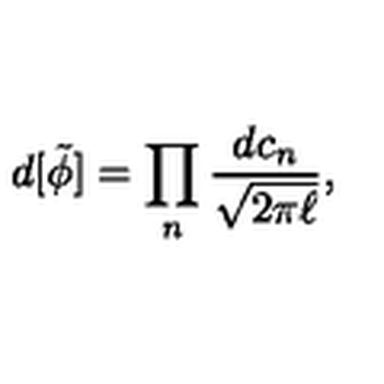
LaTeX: d [ \tilde { \phi } ] = \prod _ { n } \frac { d c _ { n } } { \sqrt { 2 \pi \ell } } , \nonumber